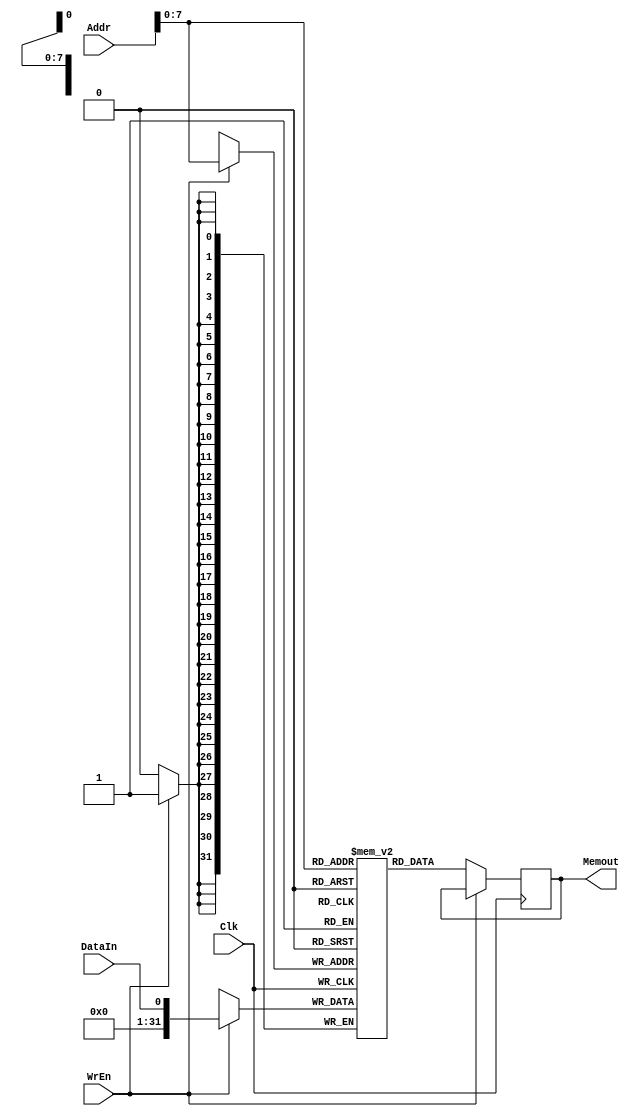
//*
module mem (
    input [31:0] Addr,
    input WrEn,
    input Clk,
    input DataIn,
    output reg [31:0] Memout
);
    reg [31:0] mem [255:0]; //*1KB
    always @ (posedge Clk) begin
        if (WrEn) begin
            mem[Addr] <= DataIn;
        end
        else begin
            Memout <= mem[Addr];
        end
    end
endmodule